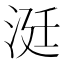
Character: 涏